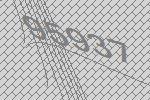
95937